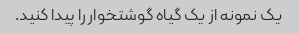
یک نمونه از یک گیاه گوشتخوار را پیدا کنید.